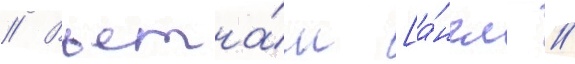
// Вьетна́м [а́нгл. //